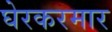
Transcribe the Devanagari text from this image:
घेरकरमार